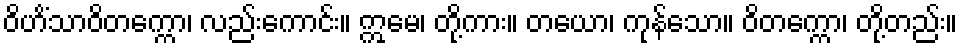
ဝိဟိံသာဝိတက္ကော၊ လည်းကောင်း။ ဣမေ၊ တို့ကား။ တယော၊ ကုန်သော။ ဝိတက္ကော၊ တို့တည်း။